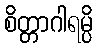
စိတ္တာဂါရမ္ပိ